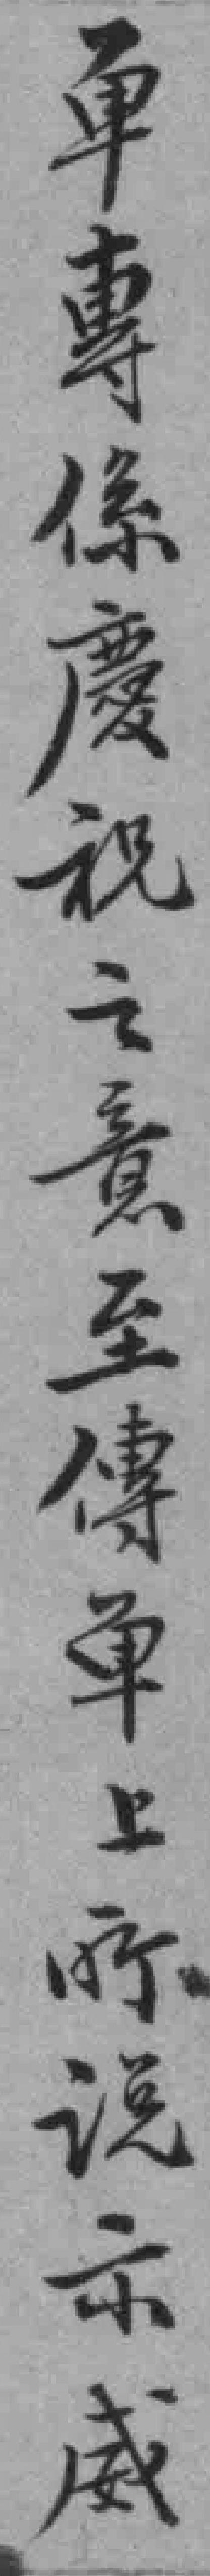
单專係慶祝之意至傳单上所说示威